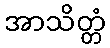
အာသိတ္တံ